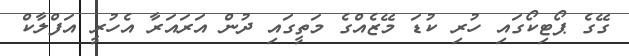
ގޭގެ ޕޯޓިކޯގައި ހުރި ކުޑަ މޭޒެއްގެ މަތީގައި ދުން އަރައަރާ އެހުރީ އަފްލާކް